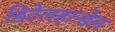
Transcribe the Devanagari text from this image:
डिटेलहान्डेल